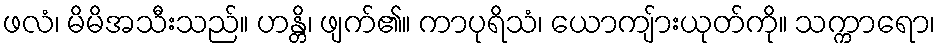
ဖလံ၊ မိမိအသီးသည်။ ဟန္တိ၊ ဖျက်၏။ ကာပုရိသံ၊ ယောကျ်ားယုတ်ကို။ သက္ကာရော၊